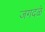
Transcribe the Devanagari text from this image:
जगदळे